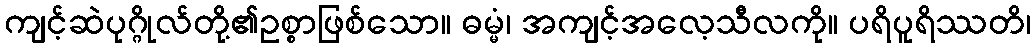
ကျင့်ဆဲပုဂ္ဂိုလ်တို့၏ဥစ္စာဖြစ်သော။ ဓမ္မံ၊ အကျင့်အလေ့သီလကို။ ပရိပူရိဿတိ၊